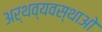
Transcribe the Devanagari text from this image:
अर्थव्यवस्थाओ